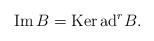
LaTeX: \begin{gather*}\mbox{Im}\, B=\mbox{Ker}\,\mbox{ad}^{r}B.\end{gather*}